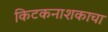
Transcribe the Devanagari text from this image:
किटकनाशकाचा